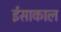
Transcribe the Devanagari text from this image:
ईसाकाल